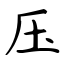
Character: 压